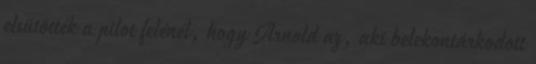
elsütötték a pilot felénél, hogy Arnold az, aki belekontárkodott